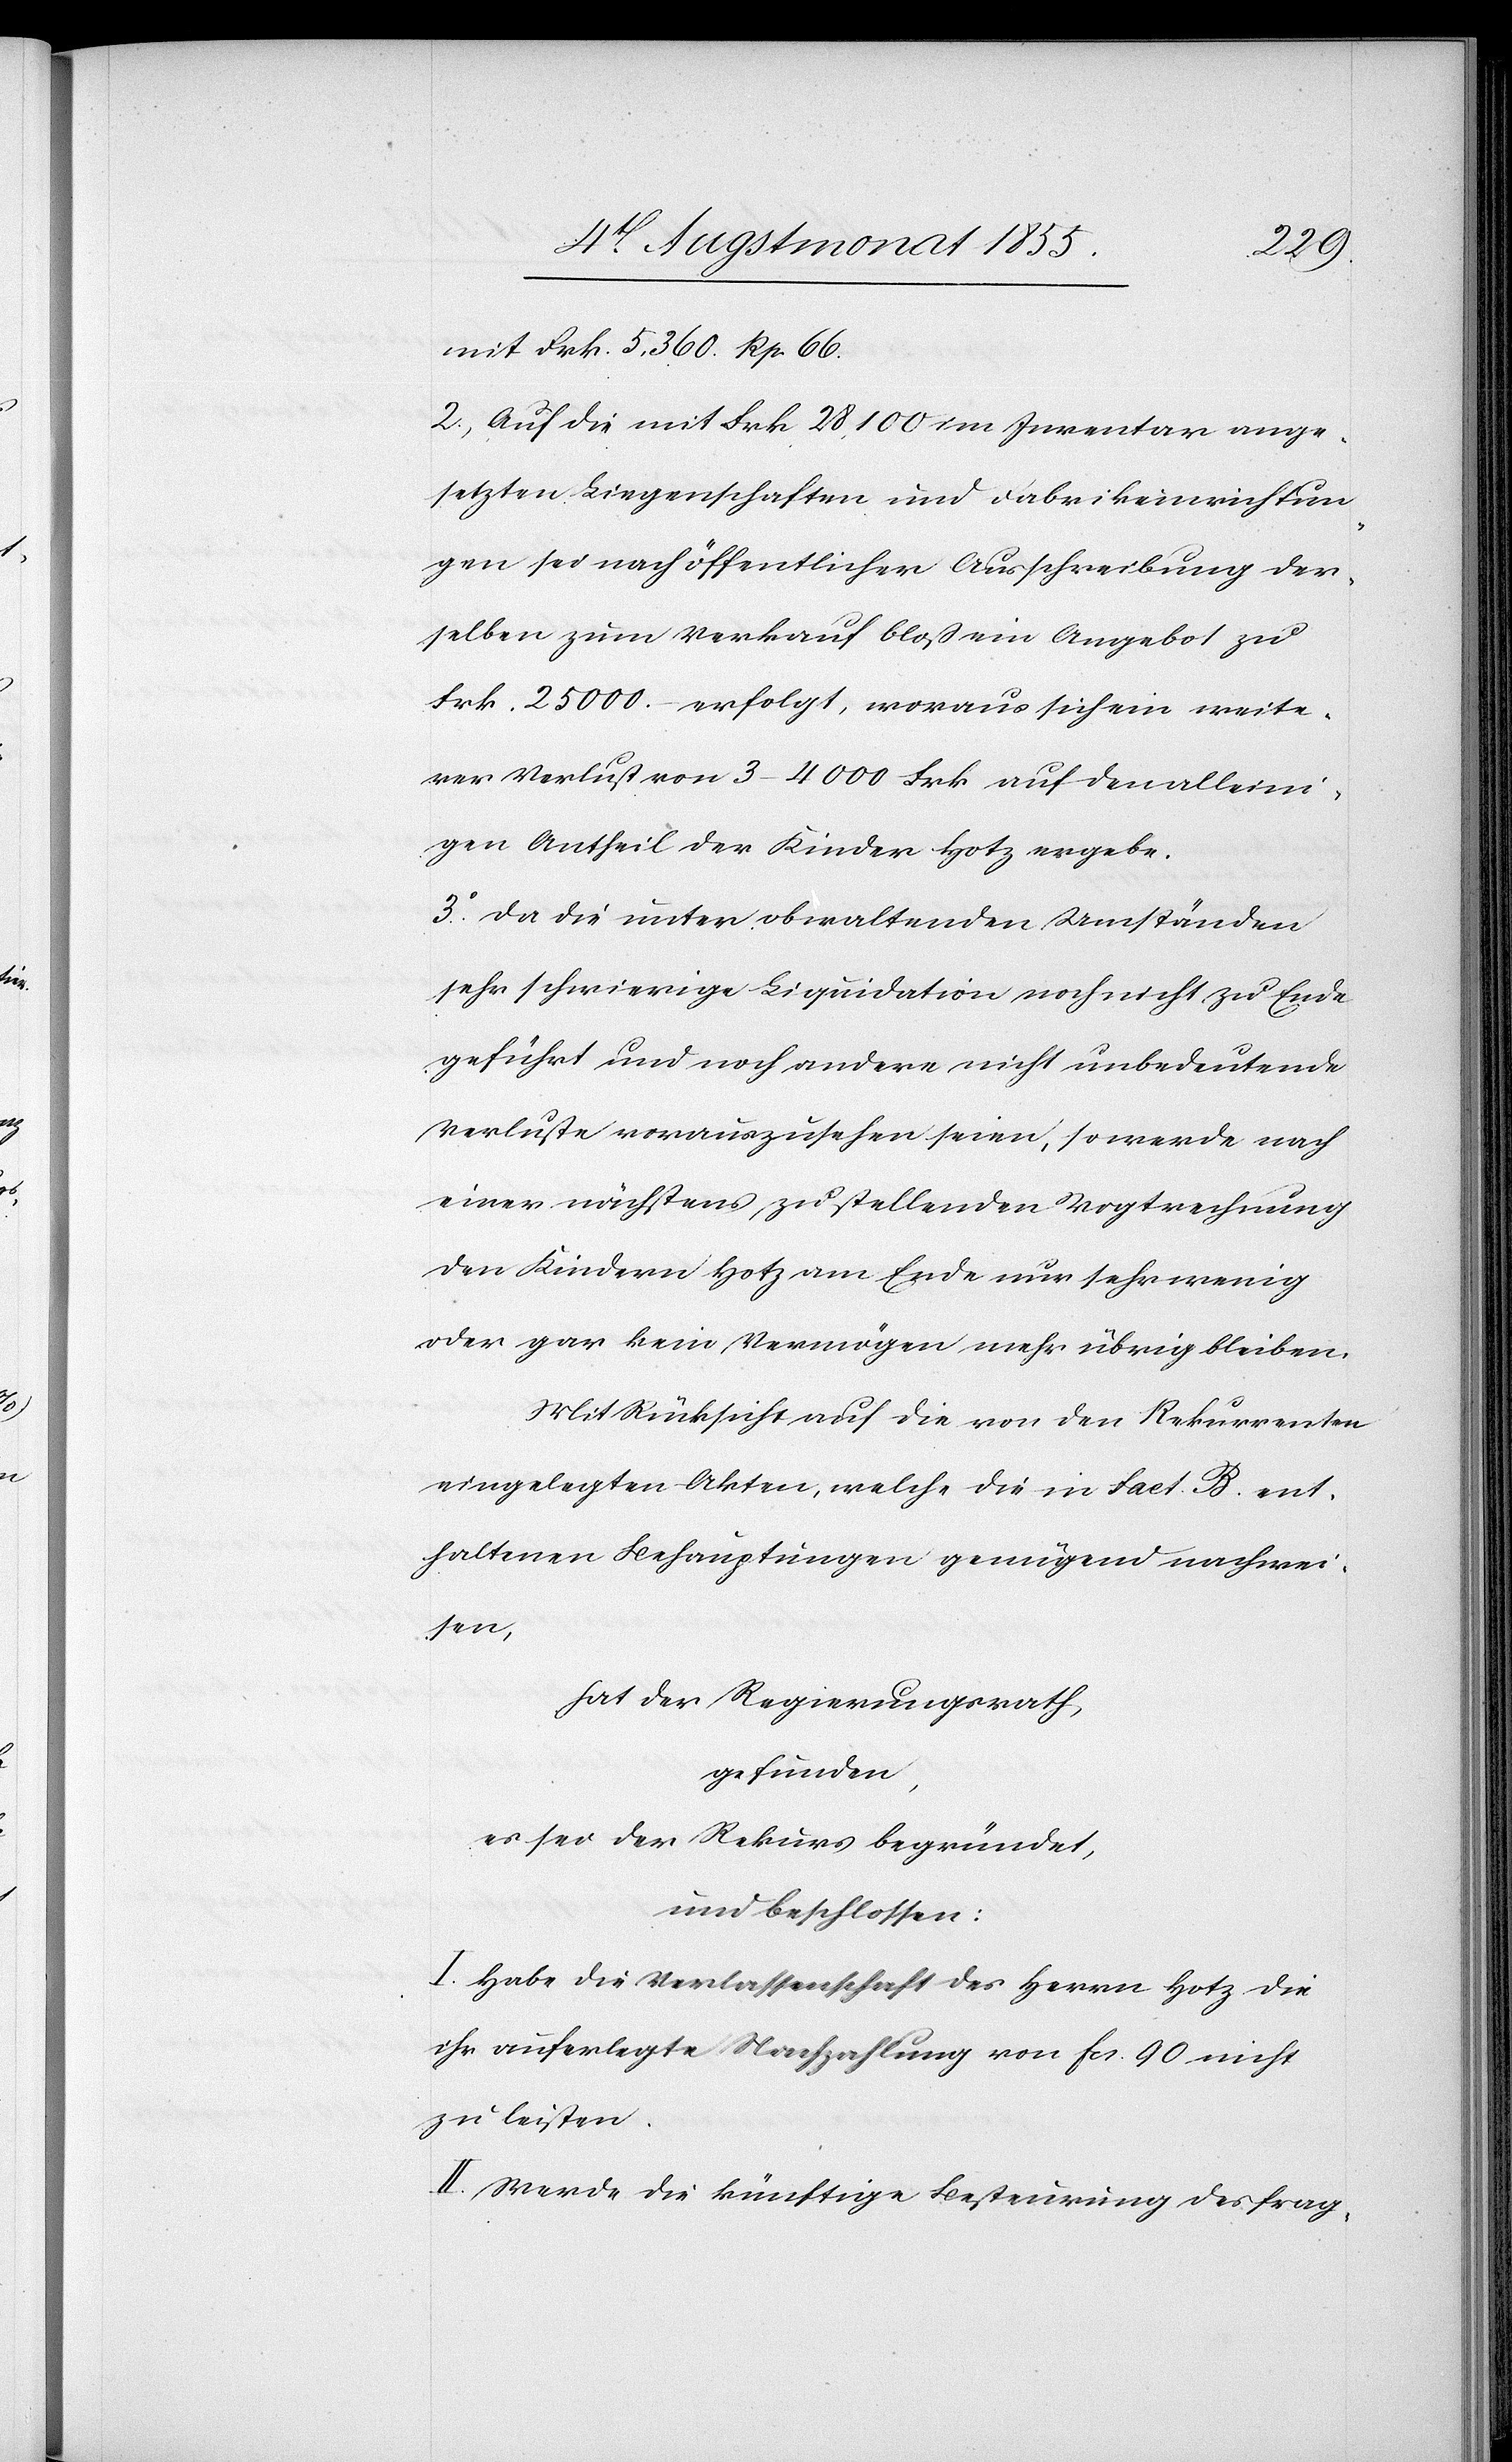
mit Frk. 5,360. Rp. 66.
2, Auf die mit Frk. 28,100 im Inventar ange¬
setzten Liegenschaften und Fabrikeinrichtun¬
gen sei nach öffentlicher Ausschreibung der¬
selben zum Verkauf bloß ein Angebot zu
Frk. 25 000.– erfolgt, woraus sich ein weite¬
rer Verlust von 3–4000 Frk. auf den alleini¬
gen Antheil der Kinder Hotz ergebe.
3.o Da die unter obwaltenden Umständen
sehr schwierige Liquidation noch nicht zu Ende
geführt und noch andere nicht unbedeutende
Verluste vorauszusehen seien, so werde nach
einer nächstens zu stellenden Vogtrechnung
den Kindern Hotz am Ende nur sehr wenig
oder gar kein Vermögen mehr übrig bleiben.
Mit Rücksicht auf die von den Rekurrenten
eingelegten Akten, welche die in Fact. B. ent¬
haltenen Behauptungen genügend nachwei¬
sen,
hat der Regierungsrath,
gefunden,
es sei der Rekurs begründet,
und beschlossen:
I. Habe die Verlassenschaft des Herrn Hotz die
ihr auferlegte Nachzahlung von Fcs. 90 nicht
zu leisten.
II. Werde die künftige Besteurung des frag-